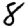
Digit: 8